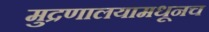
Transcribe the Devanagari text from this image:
मुद्रणालयामधूनच